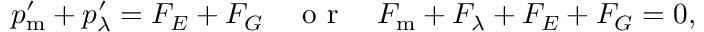
\begin{array} { r } { p _ { \mathrm { m } } ^ { \prime } + p _ { \lambda } ^ { \prime } = { \cal F } _ { E } + { \cal F } _ { G } \quad \mathrm { ~ o ~ r ~ } \quad { \cal F } _ { \mathrm { m } } + { \cal F } _ { \lambda } + { \cal F } _ { E } + { \cal F } _ { G } = 0 , \quad } \end{array}